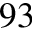
9 3